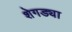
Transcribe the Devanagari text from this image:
शेगड्या